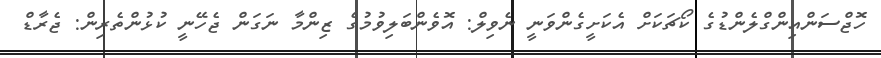
ހޮޖްސަންއިންގްލެންޑުގެ ކޯޗަކަށް އެކަށީގެންވަނީ ނެވިލް: އޮވެންބަލިވުމުގެ ޒިންމާ ނަގަން ޖެހޭނީ ކުޅުންތެރިން: ޖެރާޑް